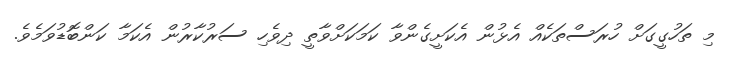
މި ތަހުގީގަށް ހުރަސްތަކެއް އެޅުން އެކަށީގެންވާ ކަމަކަށްވާތީ ދިވެހި ސަރުކާރުން އެކަމާ ކަންބޮޑުވަމެވެ.